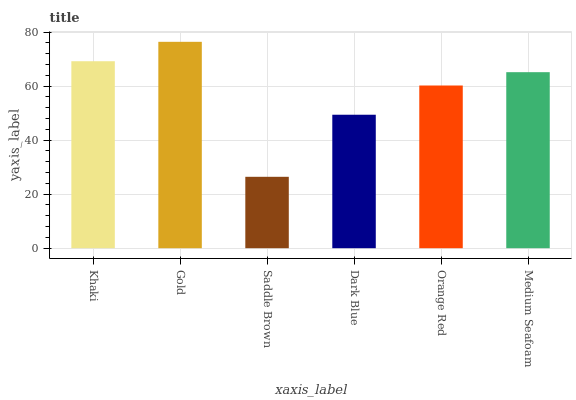
| xaxis_label | bars |
 | --- | --- |
 | Khaki | 69.2 |
 | Gold | 76.4 |
 | Saddle Brown | 26.4 |
 | Dark Blue | 49.4 |
 | Orange Red | 60.2 |
 | Medium Seafoam | 65.2 |